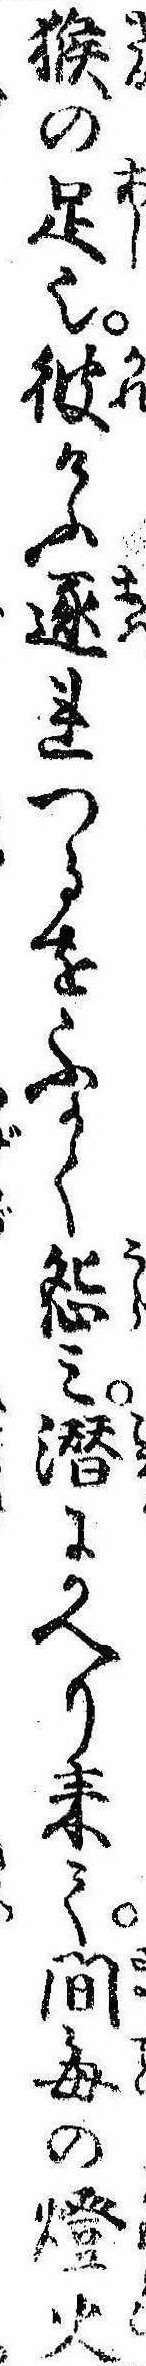
猴の足也彼けふ逐れつるをふかく怨み潜にかへり来て間毎の灯火